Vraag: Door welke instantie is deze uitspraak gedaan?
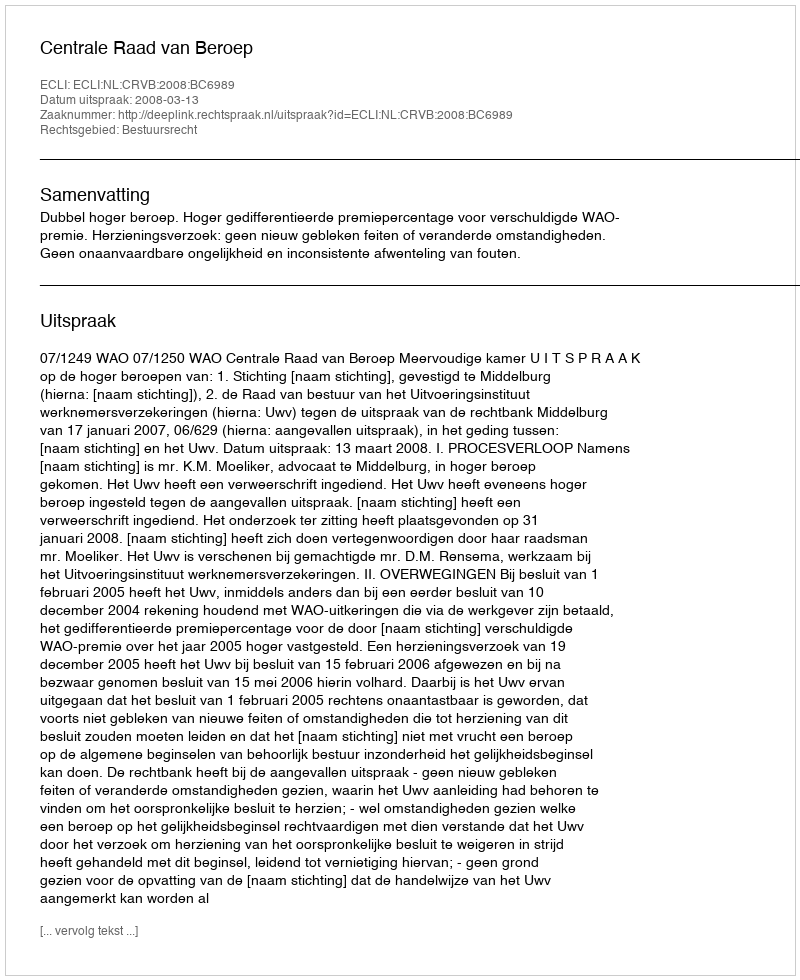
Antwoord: Centrale Raad van Beroep